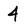
Character: 4